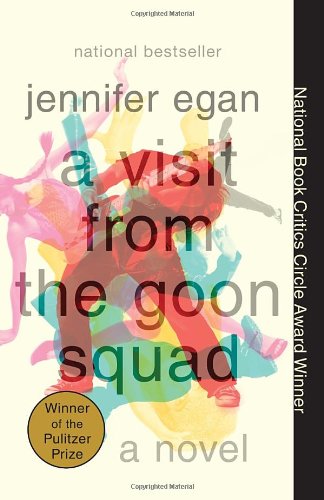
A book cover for A Visit from the Goon Squad; Jennifer Egan; Mystery, Thriller & Suspense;